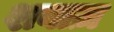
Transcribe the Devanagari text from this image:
शबाज़